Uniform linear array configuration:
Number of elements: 8
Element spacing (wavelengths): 0.5
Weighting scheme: cosine
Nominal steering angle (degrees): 60
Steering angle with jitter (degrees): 61.525
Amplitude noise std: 0.05
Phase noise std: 0.05

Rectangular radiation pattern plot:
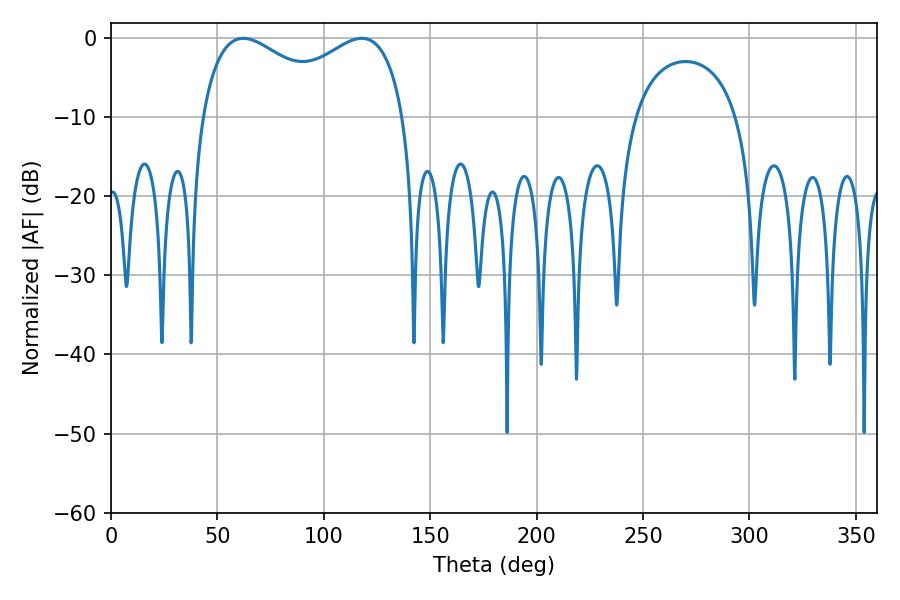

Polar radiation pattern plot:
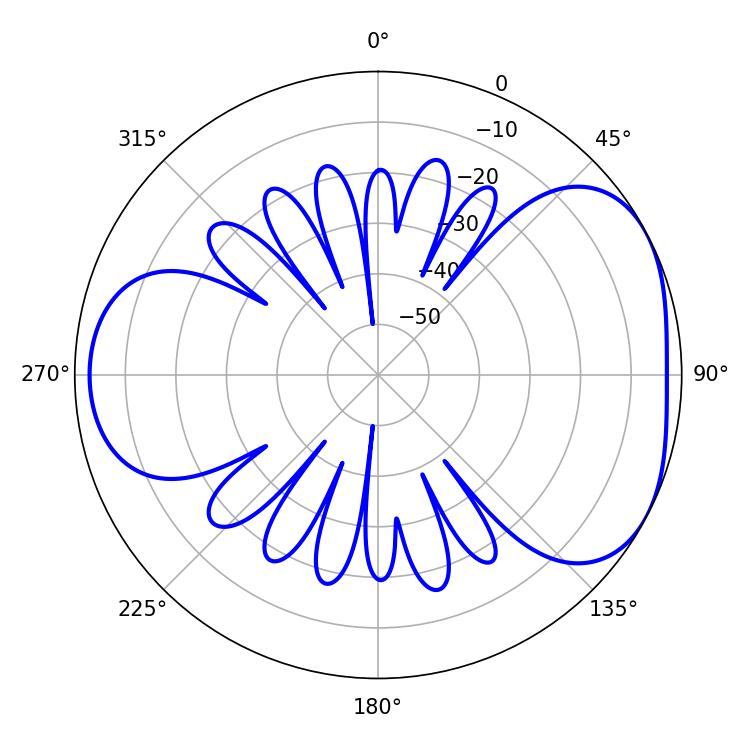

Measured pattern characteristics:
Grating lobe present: FALSE
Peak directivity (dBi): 4.456
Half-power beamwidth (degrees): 79.56
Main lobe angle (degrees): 62.1